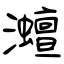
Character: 灗